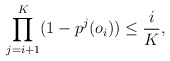
\begin{align*}\prod_{j=i+1}^K(1-p^j(o_i))\leq \frac{i}{K}, \end{align*}